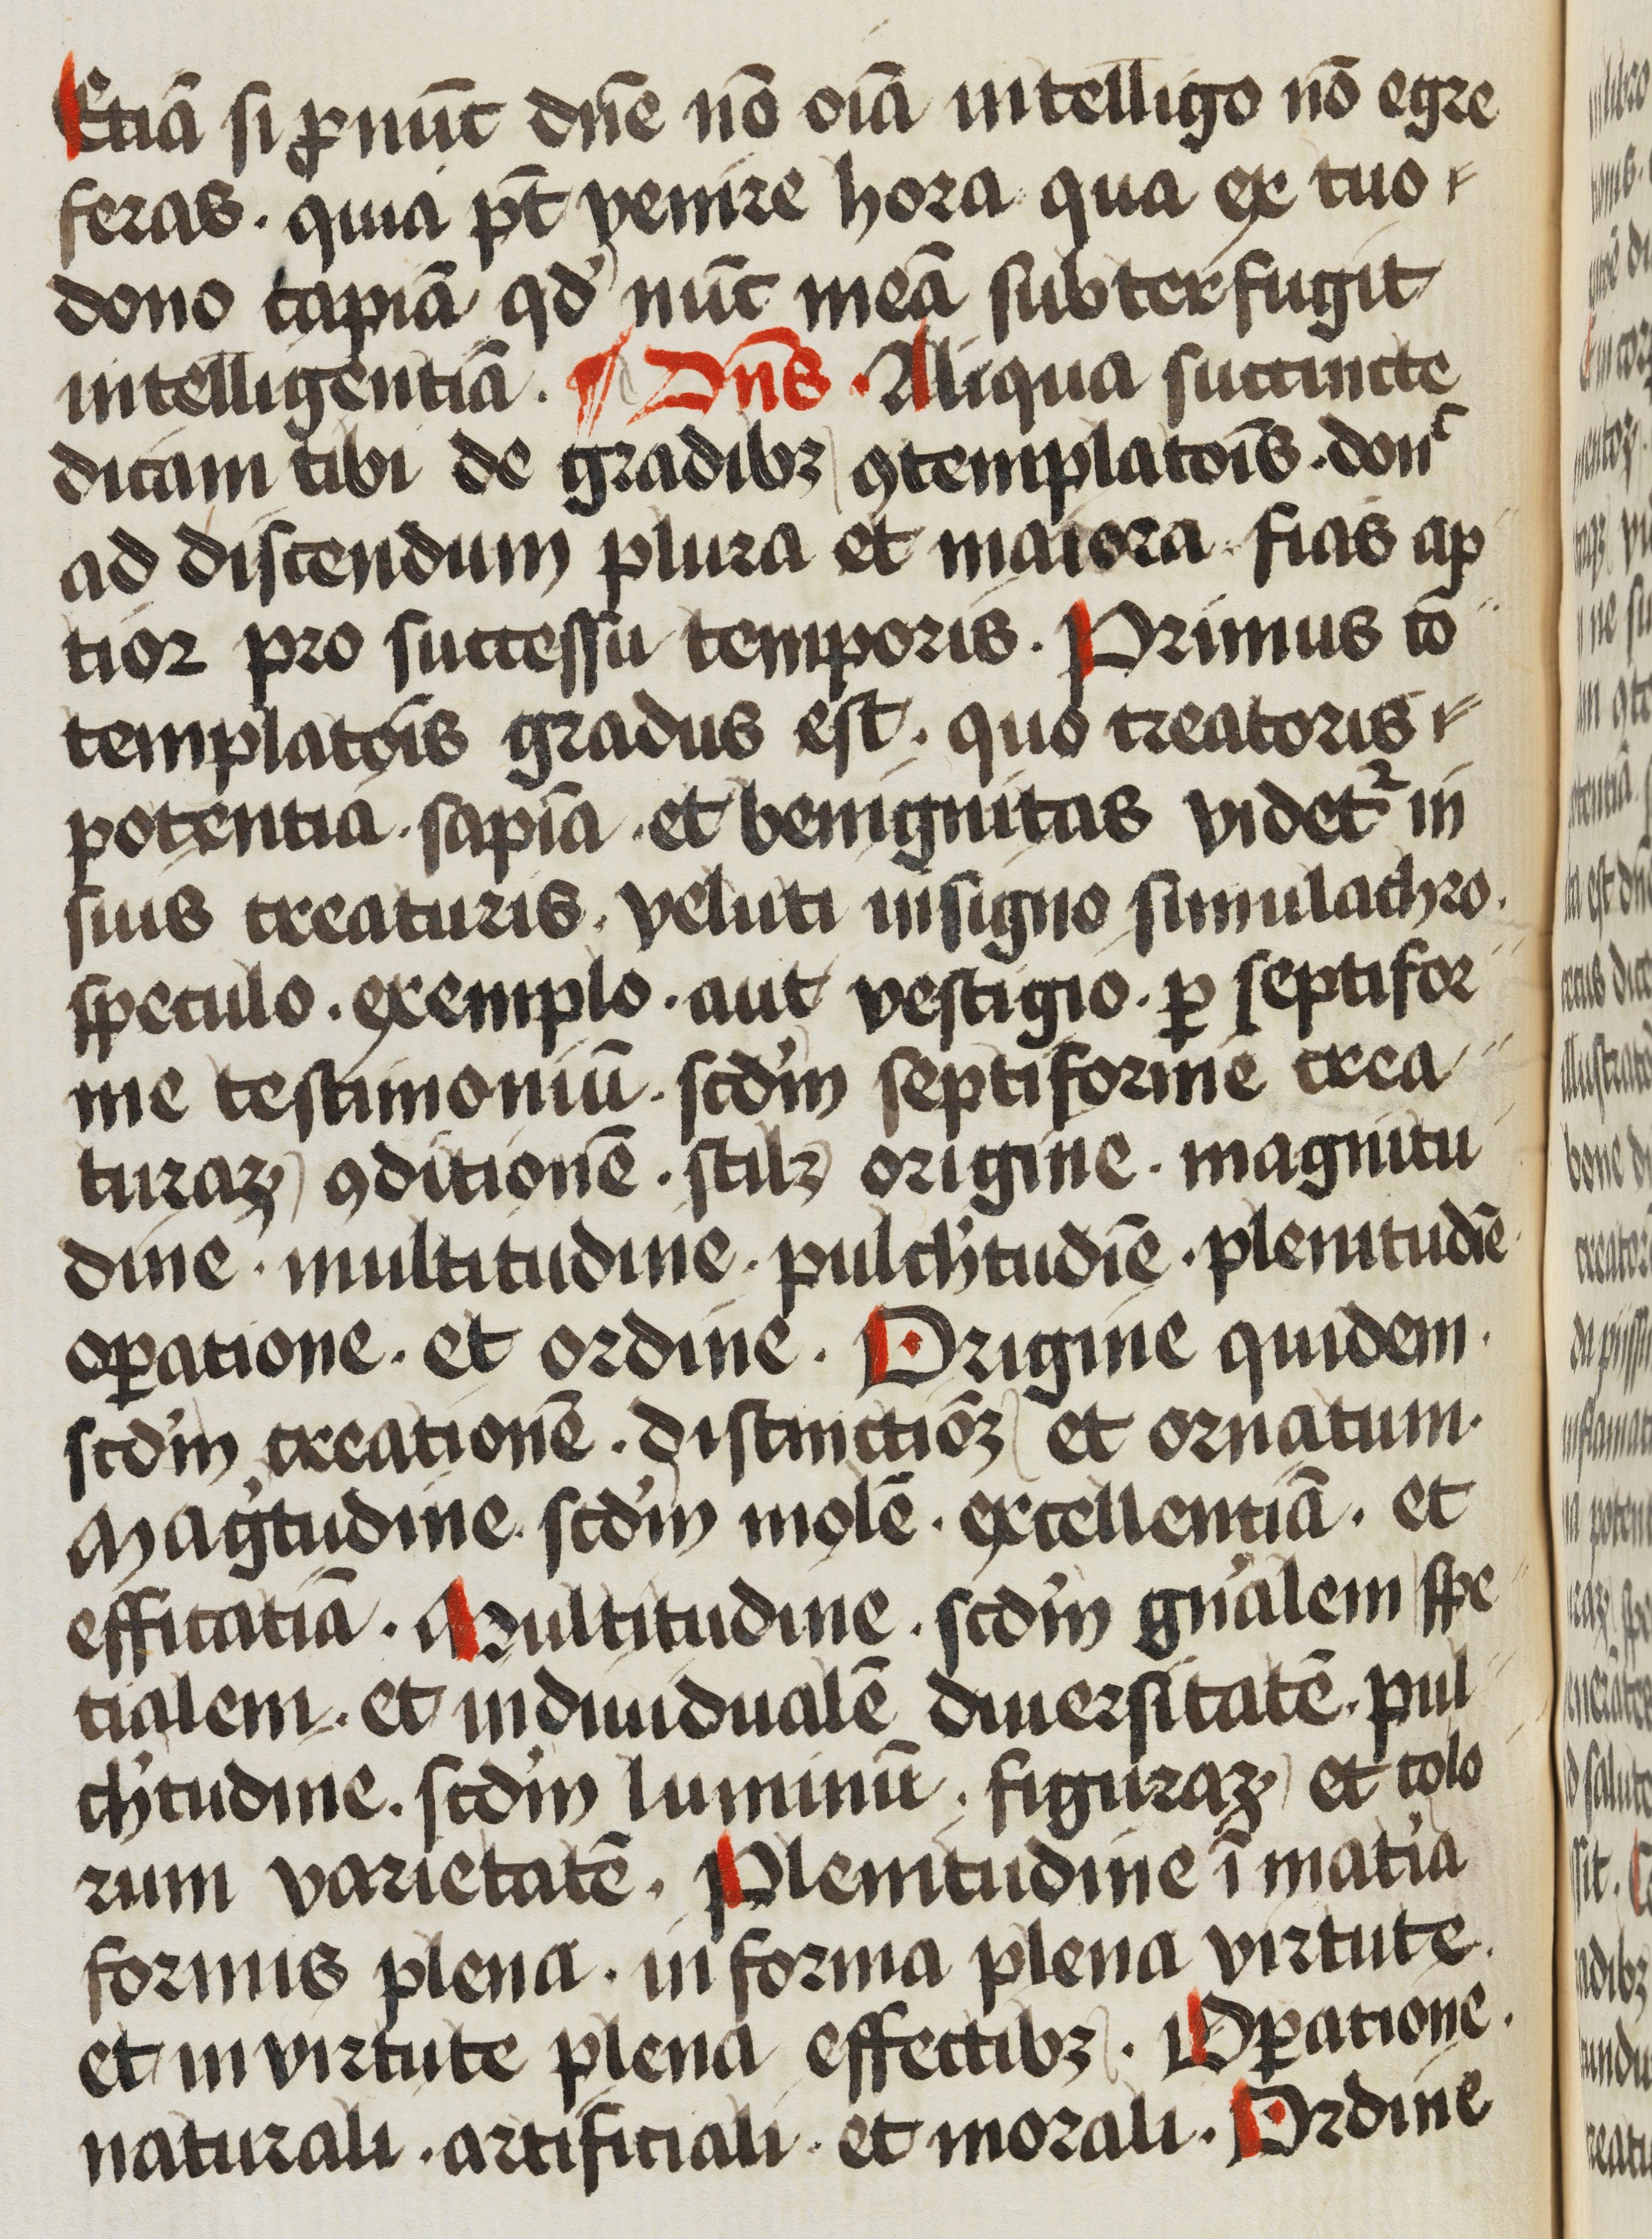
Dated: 1472–1472